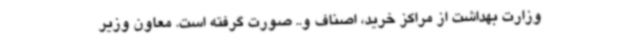
وزارت بهداشت از مراکز خرید، اصناف و.. صورت گرفته است. معاون وزیر